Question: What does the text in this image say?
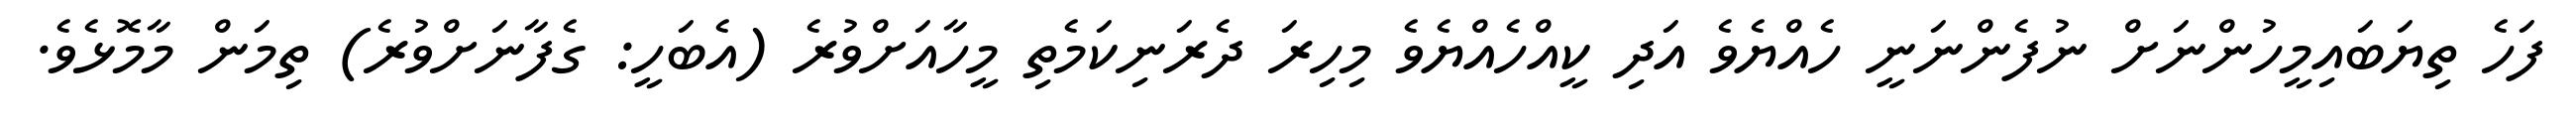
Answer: ފަހެ ތިޔަބައިމީހުންނަށް ނުފެންނަނީ ހެއްޔެވެ އަދި ކީއްހެއްޔެވެ މިހިރަ ދެރަނިކަމެތި މީހާއަށްވުރެ (އެބަހީ: ގެފާނަށްވުރެ) ތިމަން މާމޮޅެވެ.